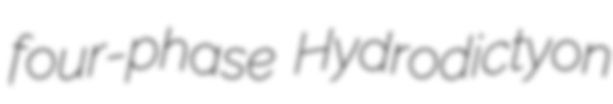
four-phase Hydrodictyon